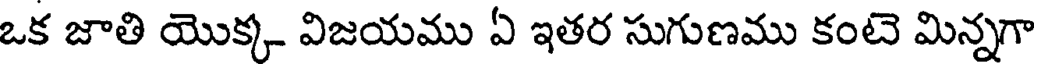
ఒక జాతి యొక్క విజయము ఏ ఇతర సుగుణము కంటె మిన్నగా